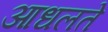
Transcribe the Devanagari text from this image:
आधलते